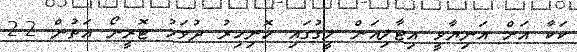
ކަކާ އަށް އަނިޔާވީ އިޓާލިއަން ލީގުގައި ހޮނިހިރު ދުވަހު ޓޮރީނޯ އަތުން 2-2